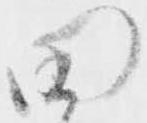
田